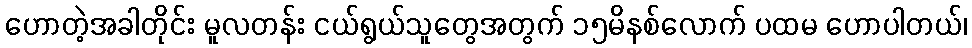
ဟောတဲ့အခါတိုင်း မူလတန်း ငယ်ရွယ်သူတွေအတွက် ၁၅မိနစ်လောက် ပထမ ဟောပါတယ်၊